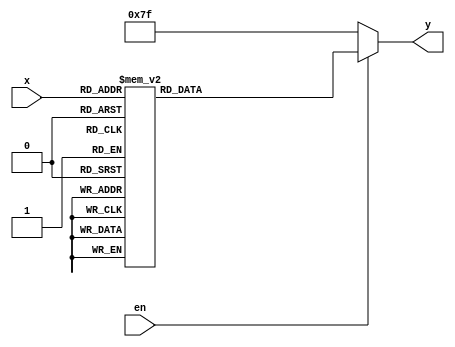
module hex15(x, y, en);
	input [3:0]x;
	output reg [6:0]y;
	input en;
	
	always @(*) begin
		if(!en) y = 7'b1111111;
		else case(x) 
			4'b0000:y = 7'b1000000;
			4'b0001:y = 7'b1111001;
			4'b0010:y = 7'b0100100;
			4'b0011:y = 7'b0110000;
			4'b0100:y = 7'b0011001;
			4'b0101:y = 7'b0010010;
			4'b0110:y = 7'b0000010;
			4'b0111:y = 7'b1111000;
			4'b1000:y = 7'b0000000;
			4'b1001:y = 7'b0010000;
			4'b1010:y = 7'b0001000;
			4'b1011:y = 7'b0000011;
			4'b1100:y = 7'b1000110;
			4'b1101:y = 7'b0100001;
			4'b1110:y = 7'b0000110;
			4'b1111:y = 7'b0001110;
			default: y = 7'b1111111;
		endcase 
	end
endmodule